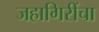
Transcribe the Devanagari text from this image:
जहागिरींचा